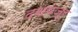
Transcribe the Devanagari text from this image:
दशवज्र